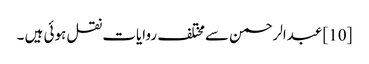
[10] عبدالرحمن سےمختلف روایات نقل ہوئی ہیں ۔